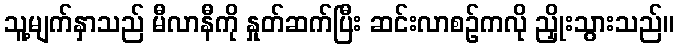
သူ့မျက်နှာသည် မီလာနီကို နှုတ်ဆက်ပြီး ဆင်းလာစဉ်ကလို ညှိုးသွားသည်။